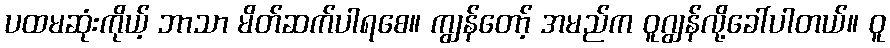
ပထမဆုံးကိုယ့် ဘာသာ မိတ်ဆက်ပါရစေ။ ကျွန်တော့် အမည်က ဝူဂျွန်လို့ခေါ်ပါတယ်။ ဝူ